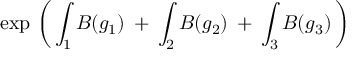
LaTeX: \exp \, \left( \, \int _ { 1 } { \cal B } ( g _ { 1 } ) \: + \: \int _ { 2 } { \cal B } ( g _ { 2 } ) \: + \: \int _ { 3 } { \cal B } ( g _ { 3 } ) \, \right)